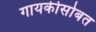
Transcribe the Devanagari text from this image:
गायकीसोबत